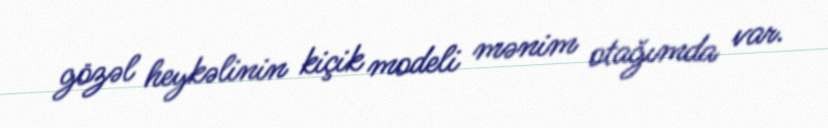
gözəl heykəlinin kiçik modeli mənim otağımda var.